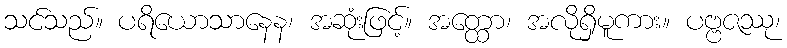
သင်သည်။ ပရိယောသာနေန၊ အဆုံးဖြင့်။ အတ္ထော၊ အလိုရှိမူကား။ ပဗ္ဗဇဿု၊